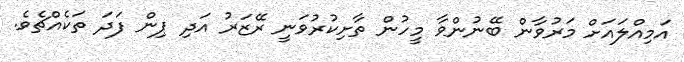
އަމިއްލައަށް މަރުވާން ބޭނުންވާ މީހުން ތާށިކުރުވަނީ ރޭޒަރު އަދި ޕިން ފަދަ ތަކެއްޗެވެ.